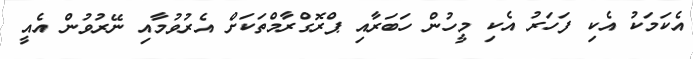
އެކަމަކު އެކި ފަހަރު އެކި މީހުން ހަބަރާއި ޕްރޮގްރާމްތަކަށް އެރުވުމާއި ނޭރުވުން އެއީ